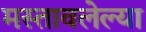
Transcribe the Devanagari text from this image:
मस्तावलेल्या